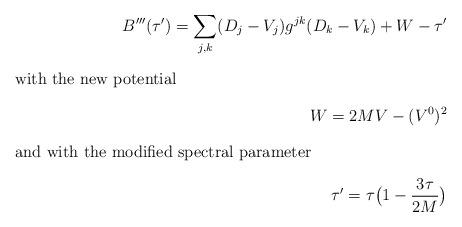
LaTeX: \begin{align*}B''' (\tau ')=\sum_{j,k} (D_j-V_j)g^{jk}(D_k-V_k)+W-\tau '\\\intertext{with the new potential}W=2MV-(V^0)^2\intertext{and with the modified spectral parameter}\tau'=\tau \bigl(1-\frac{3\tau}{2M}\bigr)\end{align*}